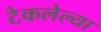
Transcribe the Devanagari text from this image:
टेकलेल्या